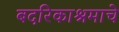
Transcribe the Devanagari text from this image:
बदरिकाश्रमाचे